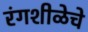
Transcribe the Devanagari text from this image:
रंगशीळेचे